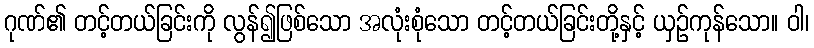
ဂုဏ်၏ တင့်တယ်ခြင်းကို လွန်၍ဖြစ်သော အလုံးစုံသော တင့်တယ်ခြင်းတို့နှင့် ယှဉ်ကုန်သော။ ဝါ၊